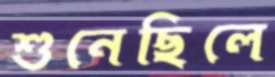
শুনেছিলে